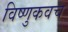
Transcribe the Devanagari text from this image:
विष्णुकवच